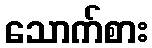
သောက်စား